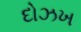
દોઝખ